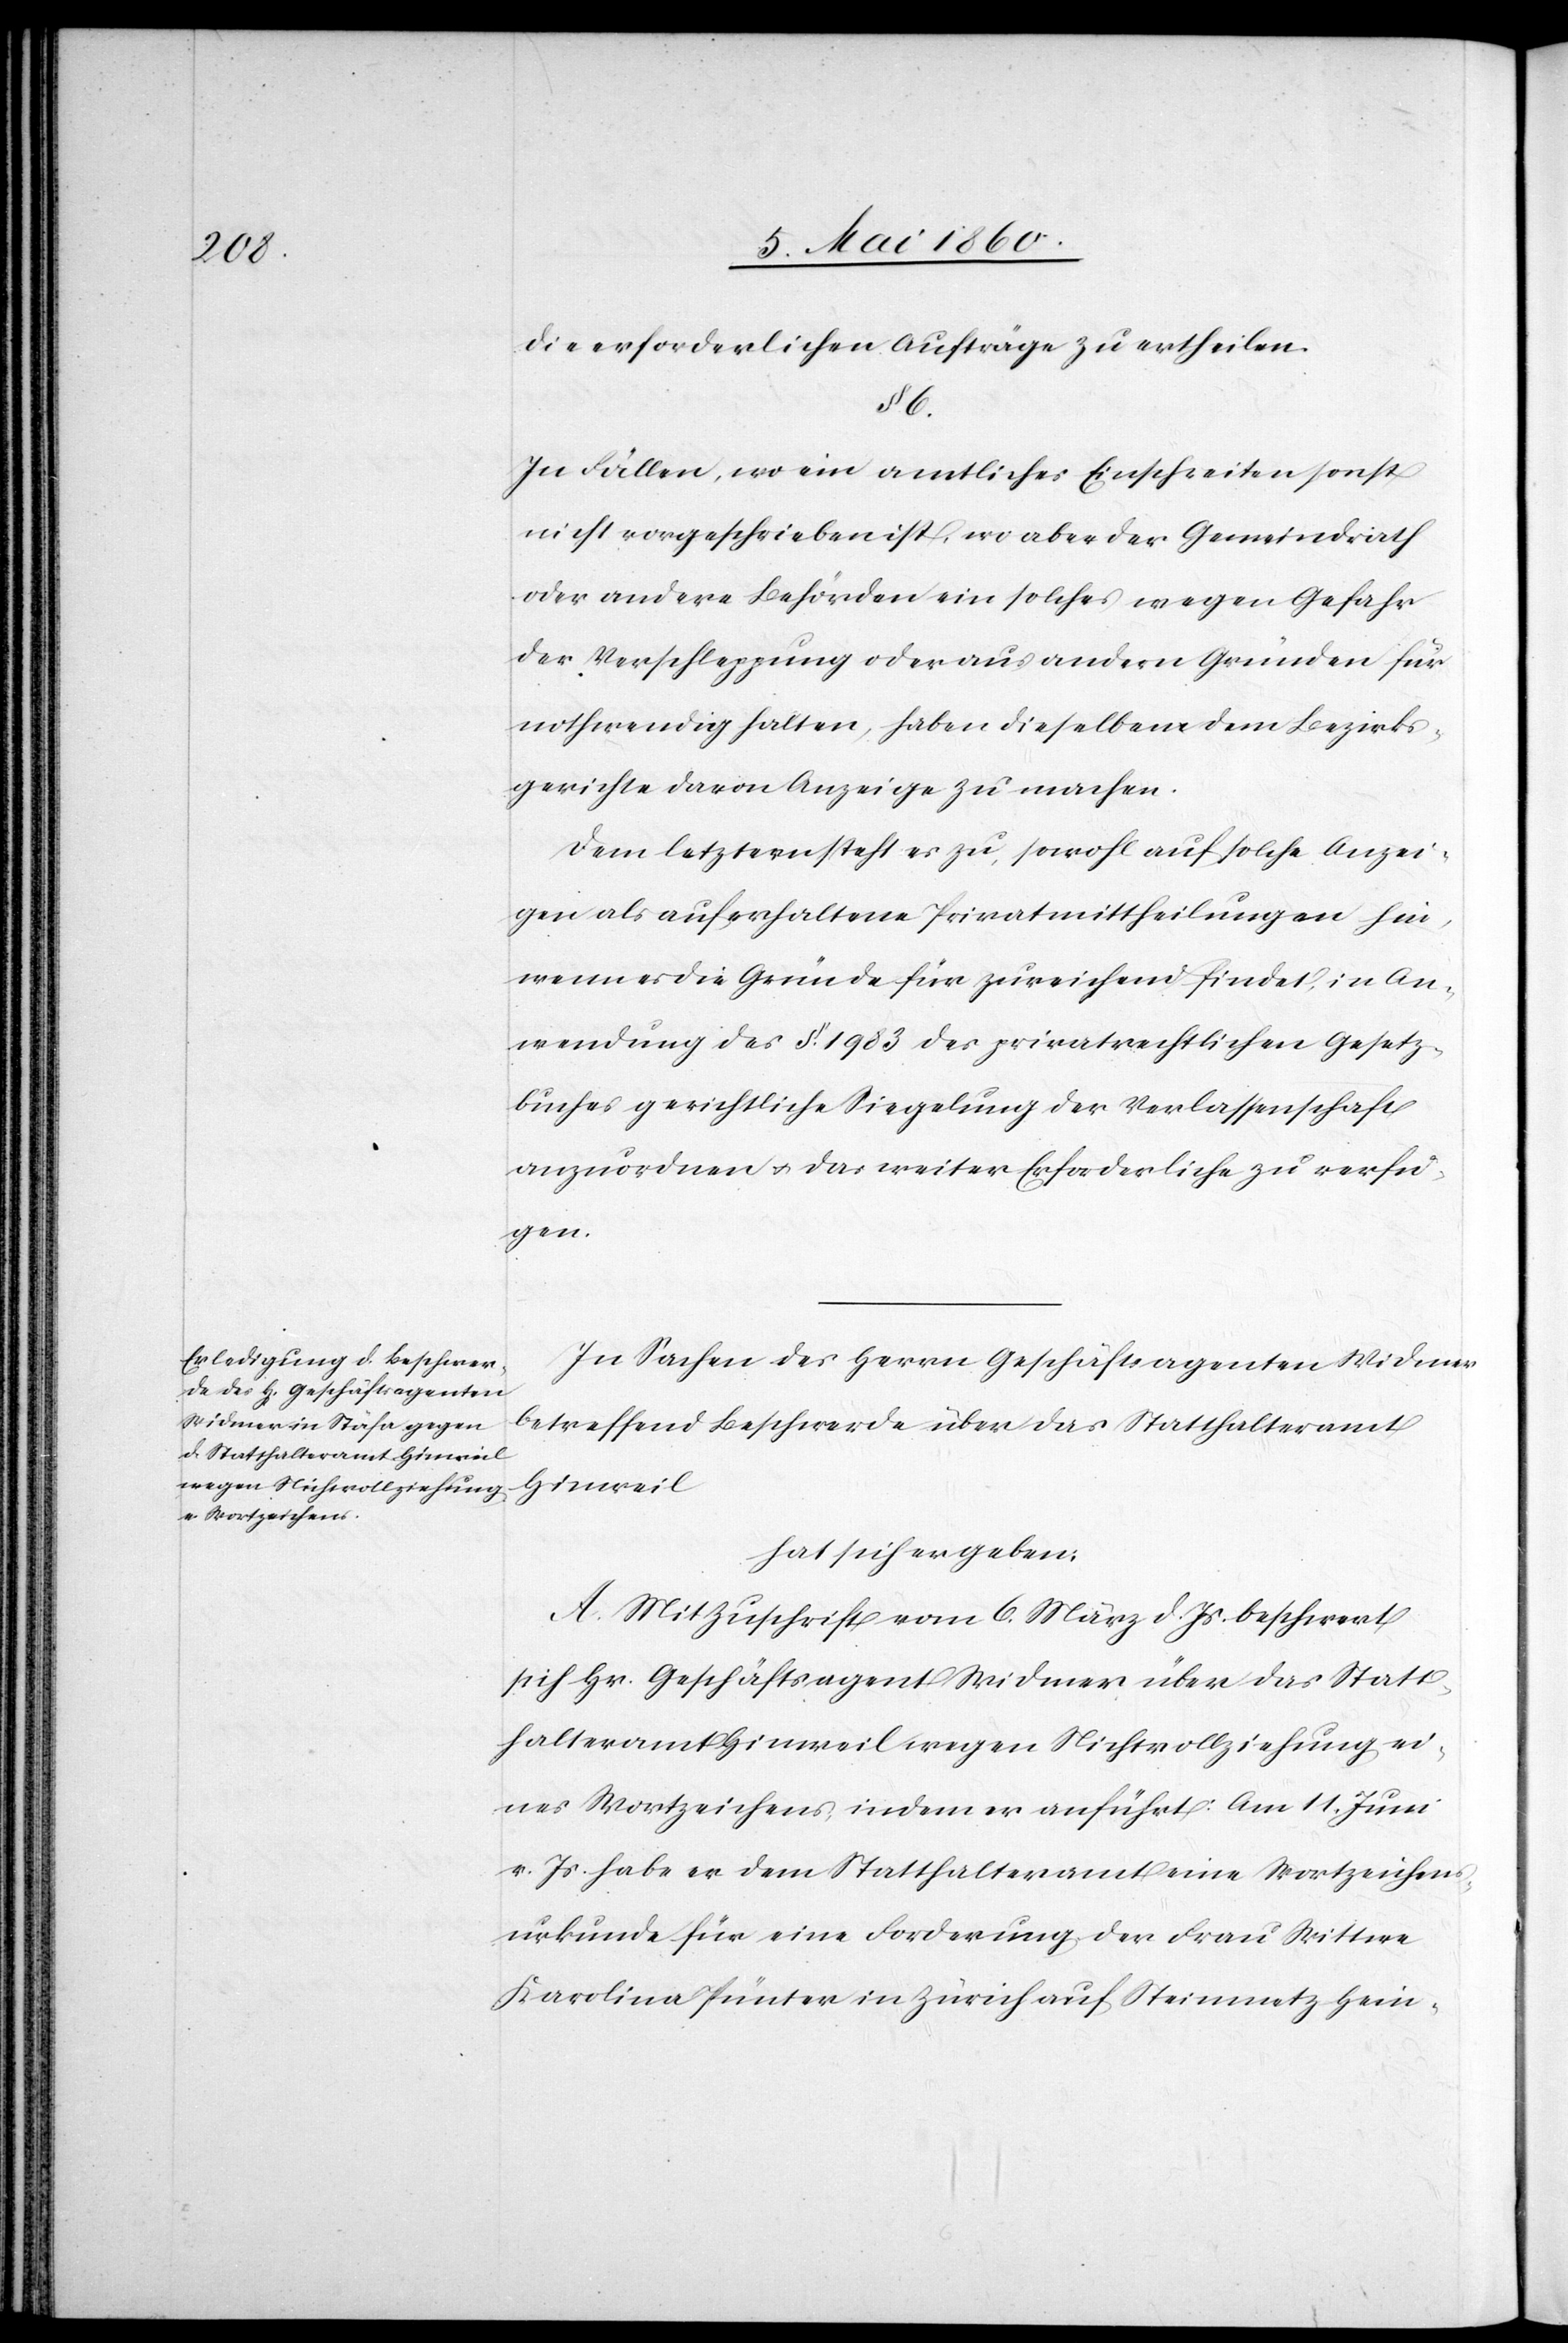
die erforderlichen Aufträge zu ertheilen.
§. 6.
In Fällen, wo ein amtliches Einschreiten sonst
nicht vorgeschrieben ist, wo aber der Gemeindrath
oder andere Behörden ein solches wegen Gefahr
der Verschleppung oder aus andern Gründen für
nothwendig halten, haben dieselben dem Bezirks¬
gerichte davon Anzeige zu machen.
Dem letztern steht es zu, sowohl auf solche Anzei¬
gen als auf erhaltene Privatmittheilungen hin,
wenn er die Gründe für zureichend findet, in An¬
wendung des §. 1983 des privatrechtlichen Gesetz¬
buches gerichtliche Siegelung der Verlassenschaft
anzuordnen u. das weiter Erforderliche zu verfü¬
gen.
In Sachen des Herrn Geschäftsagenten Widmer
betreffend Beschwerde über das Statthalteramt
Hinweil
hat sich ergeben:
A. Mit Zuschrift vom 6. März d. Js. beschwert
sich Hr. Geschäftsagent Widmer über das Statt¬
halteramt Hinweil wegen Nichtvollziehung ei¬
nes Wortzeichens, indem er anführt: Am 11. Juni
v. Js. habe er dem Statthalteramt eine Wortzeichens¬
urkunde für eine Forderung der Frau Wittwe
Karolina Pünter in Zürich auf Steinmetz Hein-